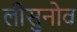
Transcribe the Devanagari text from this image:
लीसुनोव